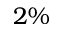
2 \%